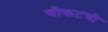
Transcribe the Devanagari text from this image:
चौकटची